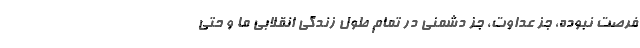
فرصت نبوده، جز عداوت، جز دشمنی در تمام طول زندگی انقلابی ما و حتی